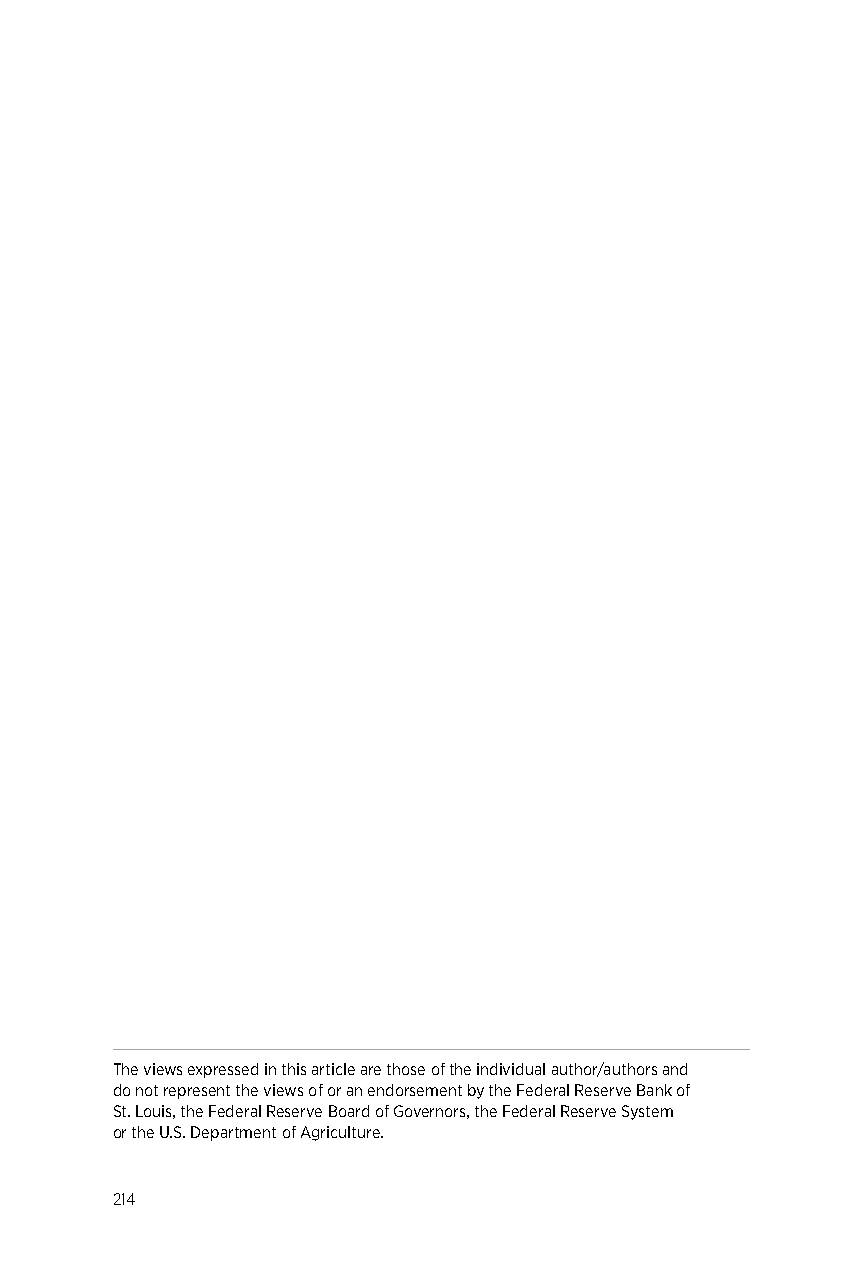
The views expressed in this article are those of the individual author/authors and
 do not represent the views of or an endorsement by the Federal Reserve Bank of
 St. Louis, the Federal Reserve Board of Governors, the Federal Reserve System
 or the U.S. Department of Agriculture.
 214